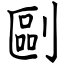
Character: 剾